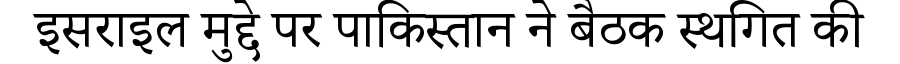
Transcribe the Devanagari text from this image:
इसराइल मुद्दे पर पाकिस्तान ने बैठक स्थगित की